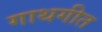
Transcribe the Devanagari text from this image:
गाथगीत